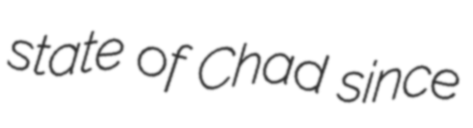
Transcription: state of Chad since